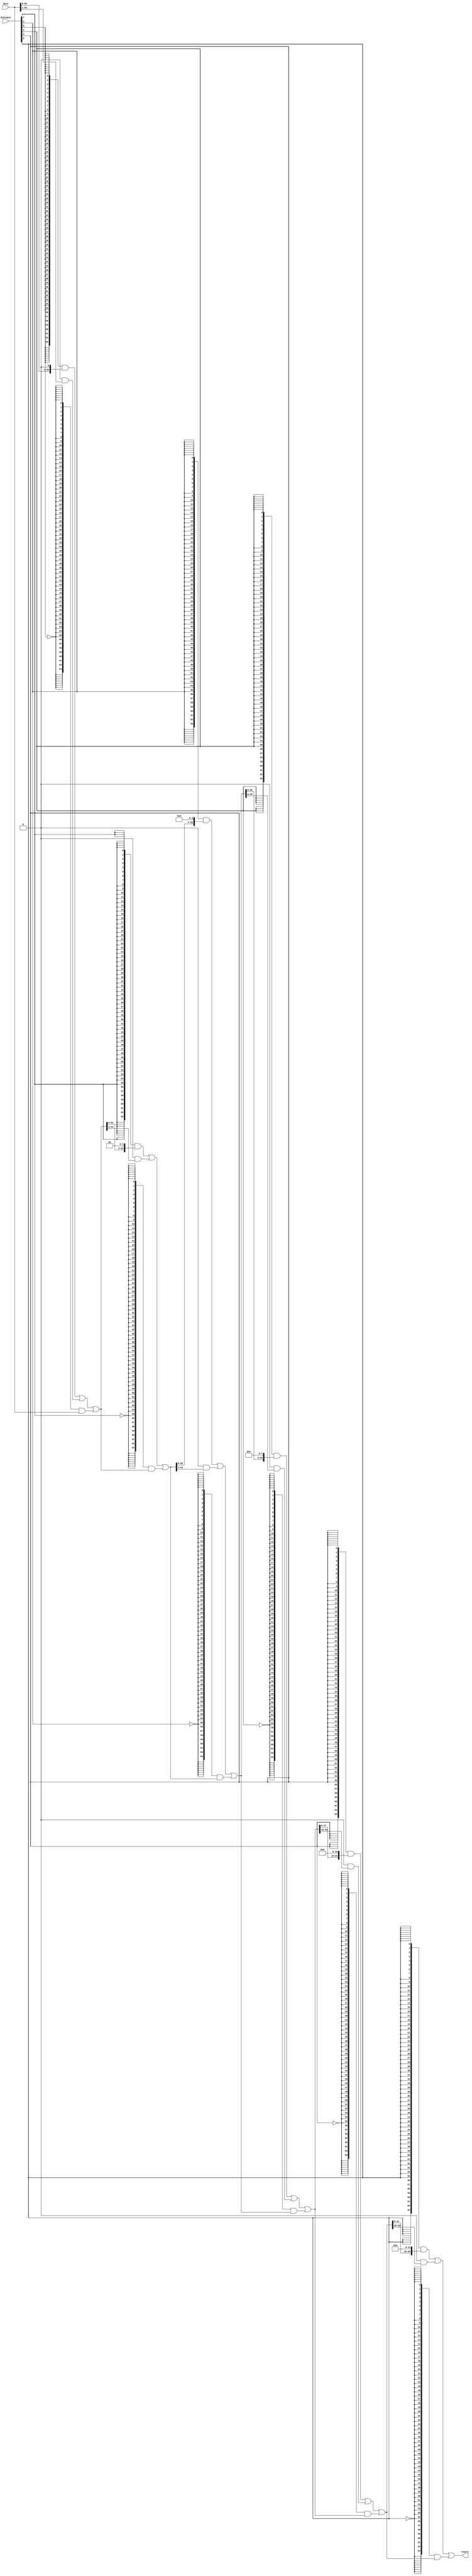
module  acl_fp_log_altbarrel_shift_5fb
	( 
	data,
	distance,
	result) ;
	input   [63:0]  data;
	input   [5:0]  distance;
	output   [63:0]  result;
	wire  [6:0]  dir_w;
	wire  direction_w;
	wire  [31:0]  pad_w;
	wire  [447:0]  sbit_w;
	wire  [5:0]  sel_w;
	wire  [383:0]  smux_w;
	assign
		dir_w = {dir_w[5:0], direction_w},
		direction_w = 1'b0,
		pad_w = {32{1'b0}},
		result = sbit_w[447:384],
		sbit_w = {smux_w[383:0], data},
		sel_w = {distance[5:0]},
		smux_w = {((({64{(sel_w[5] & (~ dir_w[5]))}} & {sbit_w[351:320], pad_w[31:0]}) | ({64{(sel_w[5] & dir_w[5])}} & {pad_w[31:0], sbit_w[383:352]})) | ({64{(~ sel_w[5])}} & sbit_w[383:320])), ((({64{(sel_w[4] & (~ dir_w[4]))}} & {sbit_w[303:256], pad_w[15:0]}) | ({64{(sel_w[4] & dir_w[4])}} & {pad_w[15:0], sbit_w[319:272]})) | ({64{(~ sel_w[4])}} & sbit_w[319:256])), ((({64{(sel_w[3] & (~ dir_w[3]))}} & {sbit_w[247:192], pad_w[7:0]}) | ({64{(sel_w[3] & dir_w[3])}} & {pad_w[7:0], sbit_w[255:200]})) | ({64{(~ sel_w[3])}} & sbit_w[255:192])), ((({64{(sel_w[2] & (~ dir_w[2]))}} & {sbit_w[187:128], pad_w[3:0]}) | ({64{(sel_w[2] & dir_w[2])}} & {pad_w[3:0], sbit_w[191:132]})) | ({64{(~ sel_w[2])}} & sbit_w[191:128])), ((({64{(sel_w[1] & (~ dir_w[1]))}} & {sbit_w[125:64], pad_w[1:0]}) | ({64{(sel_w[1] & dir_w[1])}} & {pad_w[1:0], sbit_w[127:66]})) | ({64{(~ sel_w[1])}} & sbit_w[127:64])), ((({64{(sel_w[0] & (~ dir_w[0]))}} & {sbit_w[62:0], pad_w[0]}) | ({64{(sel_w[0] & dir_w[0])}} & {pad_w[0], sbit_w[63:1]})) | ({64{(~ sel_w[0])}} & sbit_w[63:0]))};
endmodule